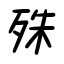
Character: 殊